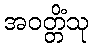
အဝတ္တိံသု